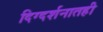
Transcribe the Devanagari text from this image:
दिग्दर्शनातही